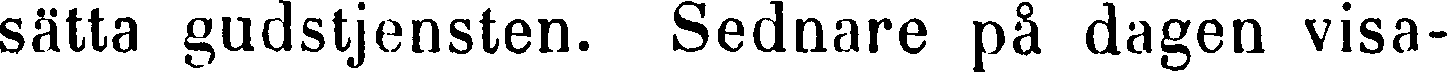
sätta gudstjensten. Sednare på dagen visa-